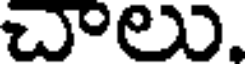
చాలు.